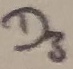
Text: D3